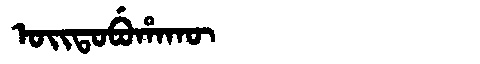
Manchu: ᠣᡳᡨᠣᠪᡠᡥᠠᡴᡡ
Romanization: OITOBUHAKŪ